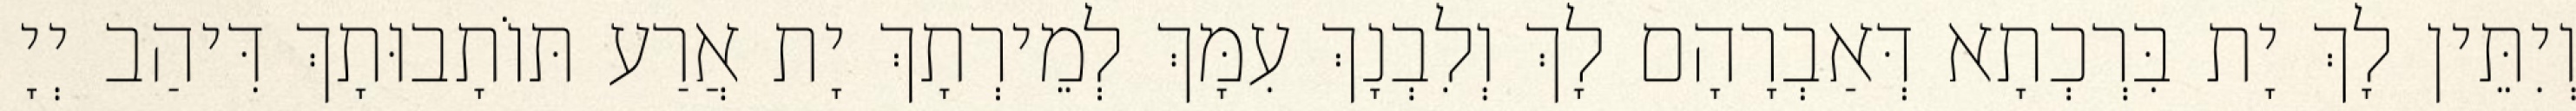
וְיִתֵּין לָךְ יָת בִּרְכְתָא דְּאַבְרָהָם לָךְ וְלִבְנָךְ עִמָּךְ לְמֵירְתָךְ יָת אֲרַע תּוֹתָבוּתָךְ דִּיהַב יְיָ